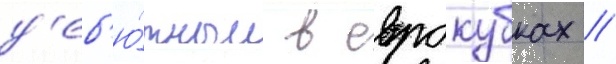
д'еб'ю́тным в еврокубках //